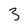
Character: 3